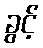
ခွင့်